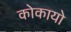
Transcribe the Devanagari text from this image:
कोकायो